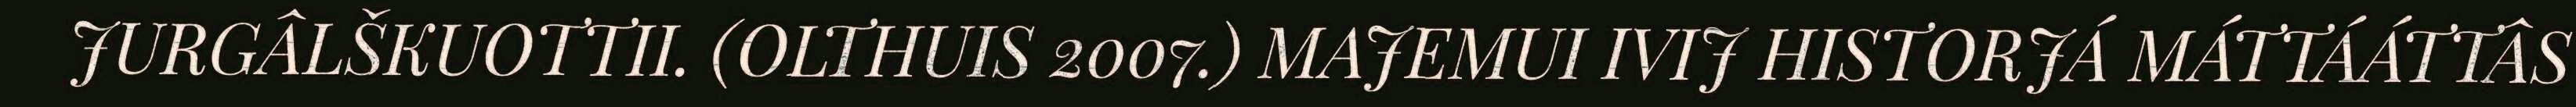
JURGÂLŠKUOTTII. (OLTHUIS 2007.) MAJEMUI IVIJ HISTORJÁ MÁTTÁÁTTÂS